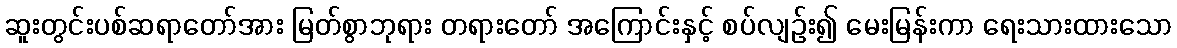
ဆူးတွင်းပစ်ဆရာတော်အား မြတ်စွာဘုရား တရားတော် အကြောင်းနှင့် စပ်လျဉ်း၍ မေးမြန်းကာ ရေးသားထားသော